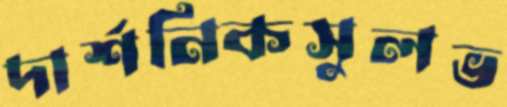
দার্শনিকসুলভ